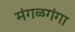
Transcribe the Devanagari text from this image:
मंगळगंगा